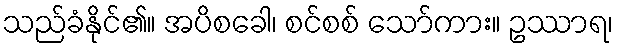
သည်ခံနိုင်၏။ အပိစခေါ၊ စင်စစ် သော်ကား။ ဥဿာရ၊